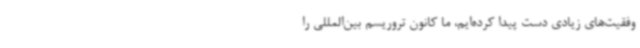
وفقیت‌های زیادی‌ دست‌ پیدا کرده‌ایم، ما کانون تروریسم بین‌المللی را